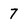
Character: 7